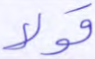
قولا